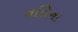
નતિના